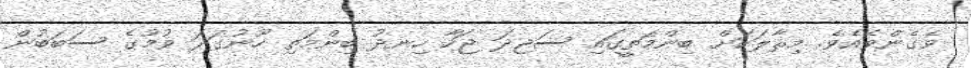
ވެގެންވެއެވެ. މިޘާލަކަށް ބިންމަތީގައި ސަޖިދަ ޖަހާ ހިނދު ބިންމަތި ހޫނުގަދަ ވުމުގެ ސަބަބުން